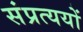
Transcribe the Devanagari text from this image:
संप्रत्ययों